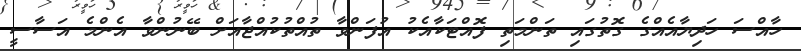
ހާއްސަ ހަދިޔާއެއްގެ ގޮތުގައި ތަންމަތި ފޮއްޓަކާއެކު އުފަންވާ ތުއްތުކުއްޖާއަށް ބޭނުންވާ އެންމެ އަސާސީ